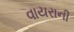
વાયરાની